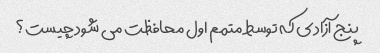
پنج آزادی که توسط متمم اول محافظت می شود چیست؟